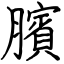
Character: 臏